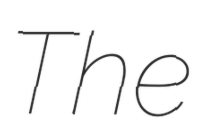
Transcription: The